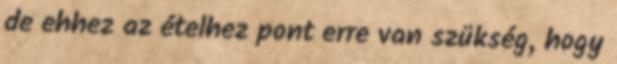
de ehhez az ételhez pont erre van szükség, hogy